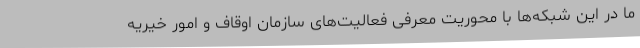
ما در این شبکه‌ها با محوریت معرفی فعالیت‌های سازمان اوقاف و امور خیریه